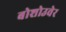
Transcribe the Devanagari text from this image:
बोशोउवेर